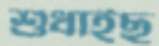
শুধাইছ